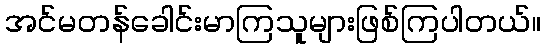
အင်မတန်ခေါင်းမာကြသူများဖြစ်ကြပါတယ်။